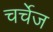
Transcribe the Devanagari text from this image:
चर्चेज